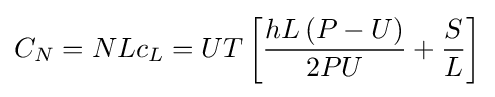
C_{N}=NLc_{L}=UT\left[{\frac {hL\left(P-U\right)}{2PU}}+{\frac {S}{L}}\right]